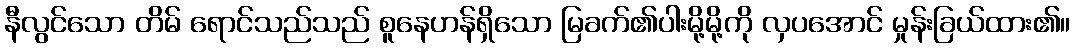
နီလွင်သော တိမ် ရောင်သည်သည် စူနေဟန်ရှိသော မြခက်၏ပါးမို့မို့ကို လှပအောင် မှုန်းခြယ်ထား၏။